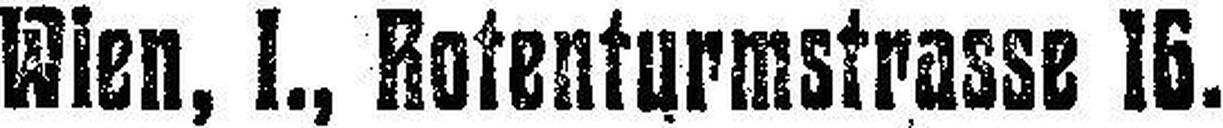
Wien, 1., Rotenturmstrasse 16.